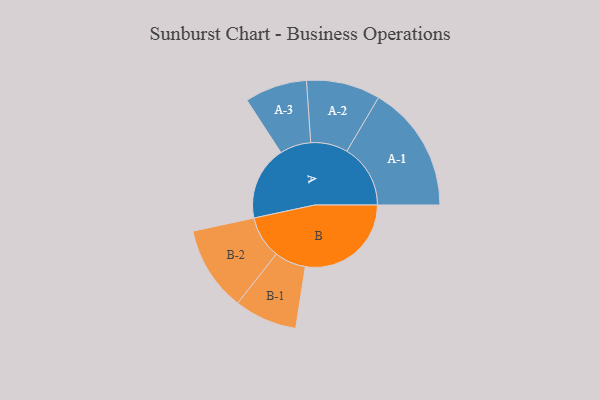
{"axis": {"x": "Segment", "y": "Value"}, "legend": ["", "A", "B"], "data": [{"x": "A", "y": 280, "type": ""}, {"x": "B", "y": 401, "type": ""}, {"x": "A-1", "y": 241, "type": "A"}, {"x": "A-2", "y": 140, "type": "A"}, {"x": "A-3", "y": 118, "type": "A"}, {"x": "B-1", "y": 119, "type": "B"}, {"x": "B-2", "y": 161, "type": "B"}]}